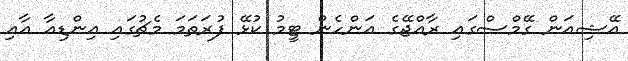
އޭޝިއަން ގޭމްސްގައި ރާއްޖޭގެ އަންހެން ޓީމު ކުޅޭ ފުރަތަމަ މެޗުގައި އިންޑިއާ އާއި